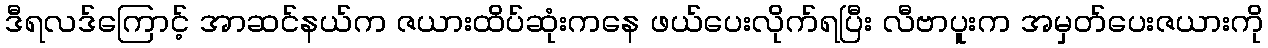
ဒီရလဒ်ကြောင့် အာဆင်နယ်က ဇယားထိပ်ဆုံးကနေ ဖယ်ပေးလိုက်ရပြီး လီဗာပူးက အမှတ်ပေးဇယားကို